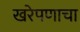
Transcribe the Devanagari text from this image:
खरेपणाचा